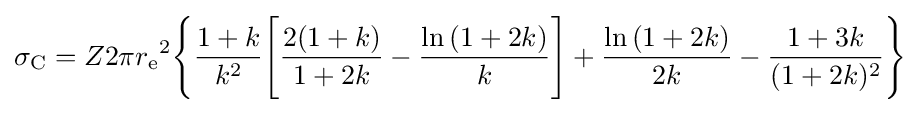
\sigma _{\text{C}}=Z2\pi {r_{\text{e}}}^{2}{\Biggl \{}{\frac {1+k}{k^{2}}}{\Biggl [}{\frac {2(1+k)}{1+2k}}-{\frac {\ln {(1+2k)}}{k}}{\Biggr ]}+{\frac {\ln {(1+2k)}}{2k}}-{\frac {1+3k}{(1+2k)^{2}}}{\Biggr \}}